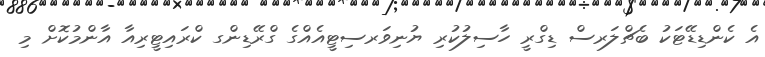
އެ ކެންޑިޑޭޓަކު ބެޗްލަރސް ޑިގްރީ ހާސިލުކުރި ޔުނިވަރސިޓީއެއްގެ ގްރޭޑިންގ ކްރައިޓީރިއާ އާންމުކޮށް މި